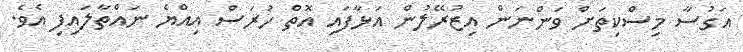
އަގުސާ މިސްކިތަށް ވަންނަން އިޒުރޭލުން އަޅާފައި އޮތް ހުރަސް އިއްޔެ ނައްތާލައިފި އެވެ.